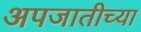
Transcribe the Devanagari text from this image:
अपजातीच्या